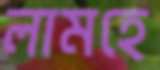
লামহে